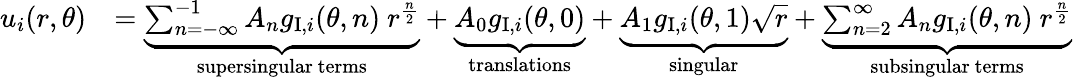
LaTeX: \begin{array}{rl}{u_{i}(r,\theta)}&{=\underbrace{\sum_{n=-\infty}^{-1}A_{n}g_{\mathrm{I},i}(\theta,n)\ r^{\frac{n}{2}}}_{\mathrm{supersingular~terms}}+\underbrace{A_{0}g_{\mathrm{I},i}(\theta,0)}_{\mathrm{translations}}+\underbrace{A_{1}g_{\mathrm{I},i}(\theta,1)\sqrt{r}}_{\mathrm{singular}}+\underbrace{\sum_{n=2}^{\infty}A_{n}g_{\mathrm{I},i}(\theta,n)\ r^{\frac{n}{2}}}_{\mathrm{subsingular~terms}}}\end{array}